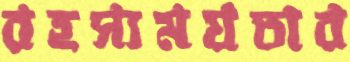
রহস্যময়তার